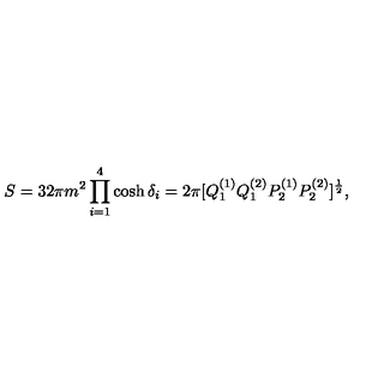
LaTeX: S = 3 2 \pi m ^ { 2 } \prod _ { i = 1 } ^ { 4 } \cosh \delta _ { i } = 2 \pi [ Q _ { 1 } ^ { ( 1 ) } Q _ { 1 } ^ { ( 2 ) } P _ { 2 } ^ { ( 1 ) } P _ { 2 } ^ { ( 2 ) } ] ^ { \frac { 1 } { 2 } } ,